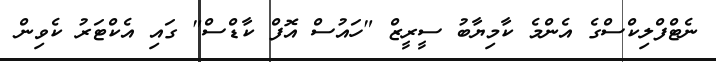
ނެޓްފްލިކްސްގެ އެންމެ ކާމިޔާބު ސީރީޒް "ހައުސް އޮފް ކާޑްސް" ގައި އެކްޓަރު ކެވިން